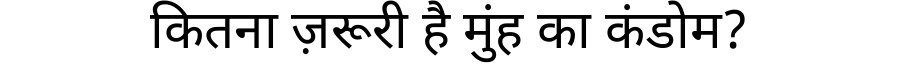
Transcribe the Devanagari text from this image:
कितना ज़रूरी है मुंह का कंडोम?